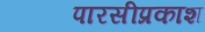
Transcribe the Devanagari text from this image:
पारसीप्रकाश